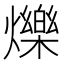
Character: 爍